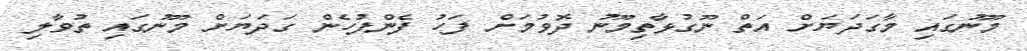
މޫނުގައި މާގަދަޔަށް އަތް ނޫގުޅާތިމޫނު ދޮވުމަށް ފަހު ފެންފުހެން ގަދަޔަށް މޫނުގައި ތުވާލި